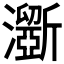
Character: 𤃮